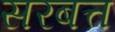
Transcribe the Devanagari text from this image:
सरबत्त